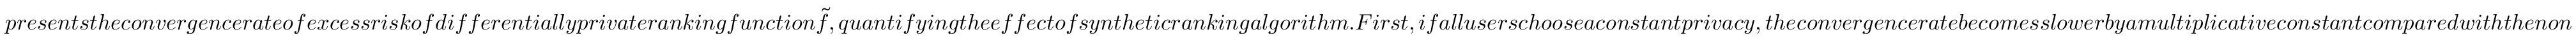
p r e s e n t s t h e c o n v e r g e n c e r a t e o f e x c e s s r i s k o f d i f f e r e n t i a l l y p r i v a t e r a n k i n g f u n c t i o n \widetilde { f } , q u a n t i f y i n g t h e e f f e c t o f s y n t h e t i c r a n k i n g a l g o r i t h m . F i r s t , i f a l l u s e r s c h o o s e a c o n s t a n t p r i v a c y , t h e c o n v e r g e n c e r a t e b e c o m e s s l o w e r b y a m u l t i p l i c a t i v e c o n s t a n t c o m p a r e d w i t h t h e n o n - p r i v a t e c a s e . C o r o l l a r y